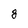
Character: g